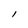
Character: l